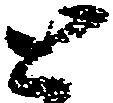
と